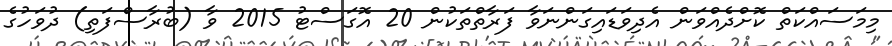
މިމަސައްކަތް ކޮށްދެއްވަން އެދިވަޑައިގަންނަވާ ފަރާތްތަކުން 20 އޮގަސްޓު 2015 ވާ (ބުރާސްފަތި) ދުވަހުގެ